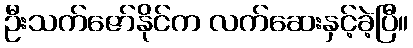
ဦးသက်ဇော်နိုင်က လက်ဆေးနှင့်ခဲ့ပြီ။